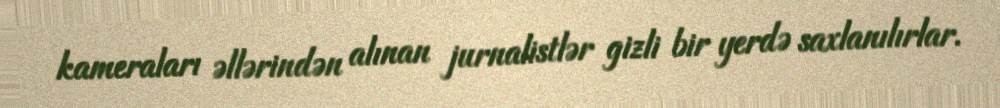
kameraları əllərindən alınan jurnalistlər gizli bir yerdə saxlanılırlar.